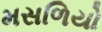
મસળિયો